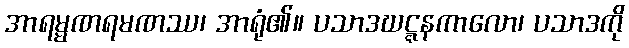
အာရမ္မဏရမဏဿ၊ အာရုံ၏။ ပသာဒဃဋ္ဋနကာလော၊ ပသာဒကို